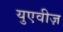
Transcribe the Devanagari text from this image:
युएवीज़